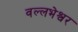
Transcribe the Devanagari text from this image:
वल्लभेश्वर